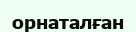
орнаталған